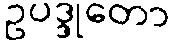
ဥပဒ္ဒုတော